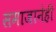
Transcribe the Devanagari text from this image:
समाजानेही